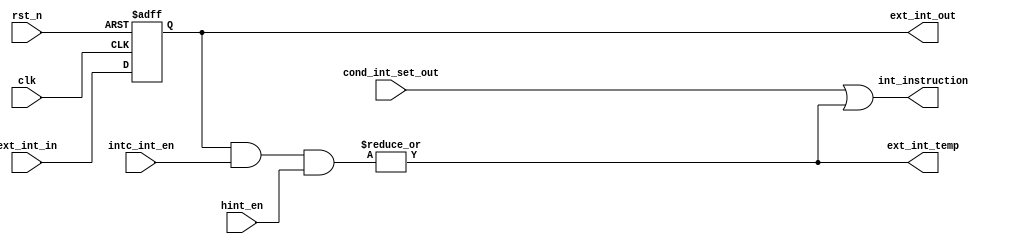
module HINT(
    input   wire        clk,
    input   wire        rst_n,
    input   wire[30:0]  ext_int_in,
    output  reg [30:0]  ext_int_out,


    input   [30:0]      hint_en,
    input   [30:0]      intc_int_en,
    input               cond_int_set_out,
    
    output              ext_int_temp,
    output              int_instruction
);
    
    assign ext_int_temp = |(ext_int_out & (intc_int_en) & hint_en);
    assign int_instruction = cond_int_set_out | ext_int_temp;

    always @(posedge clk, negedge rst_n) begin
        if (!rst_n) ext_int_out <= 31'd0;
        else begin
            ext_int_out <= ext_int_in;
        end
    end

endmodule